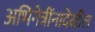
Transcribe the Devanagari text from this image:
अभिनेत्रींनादेखील